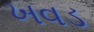
ખવડ